Vastemoisa_vallakohus, lk 8
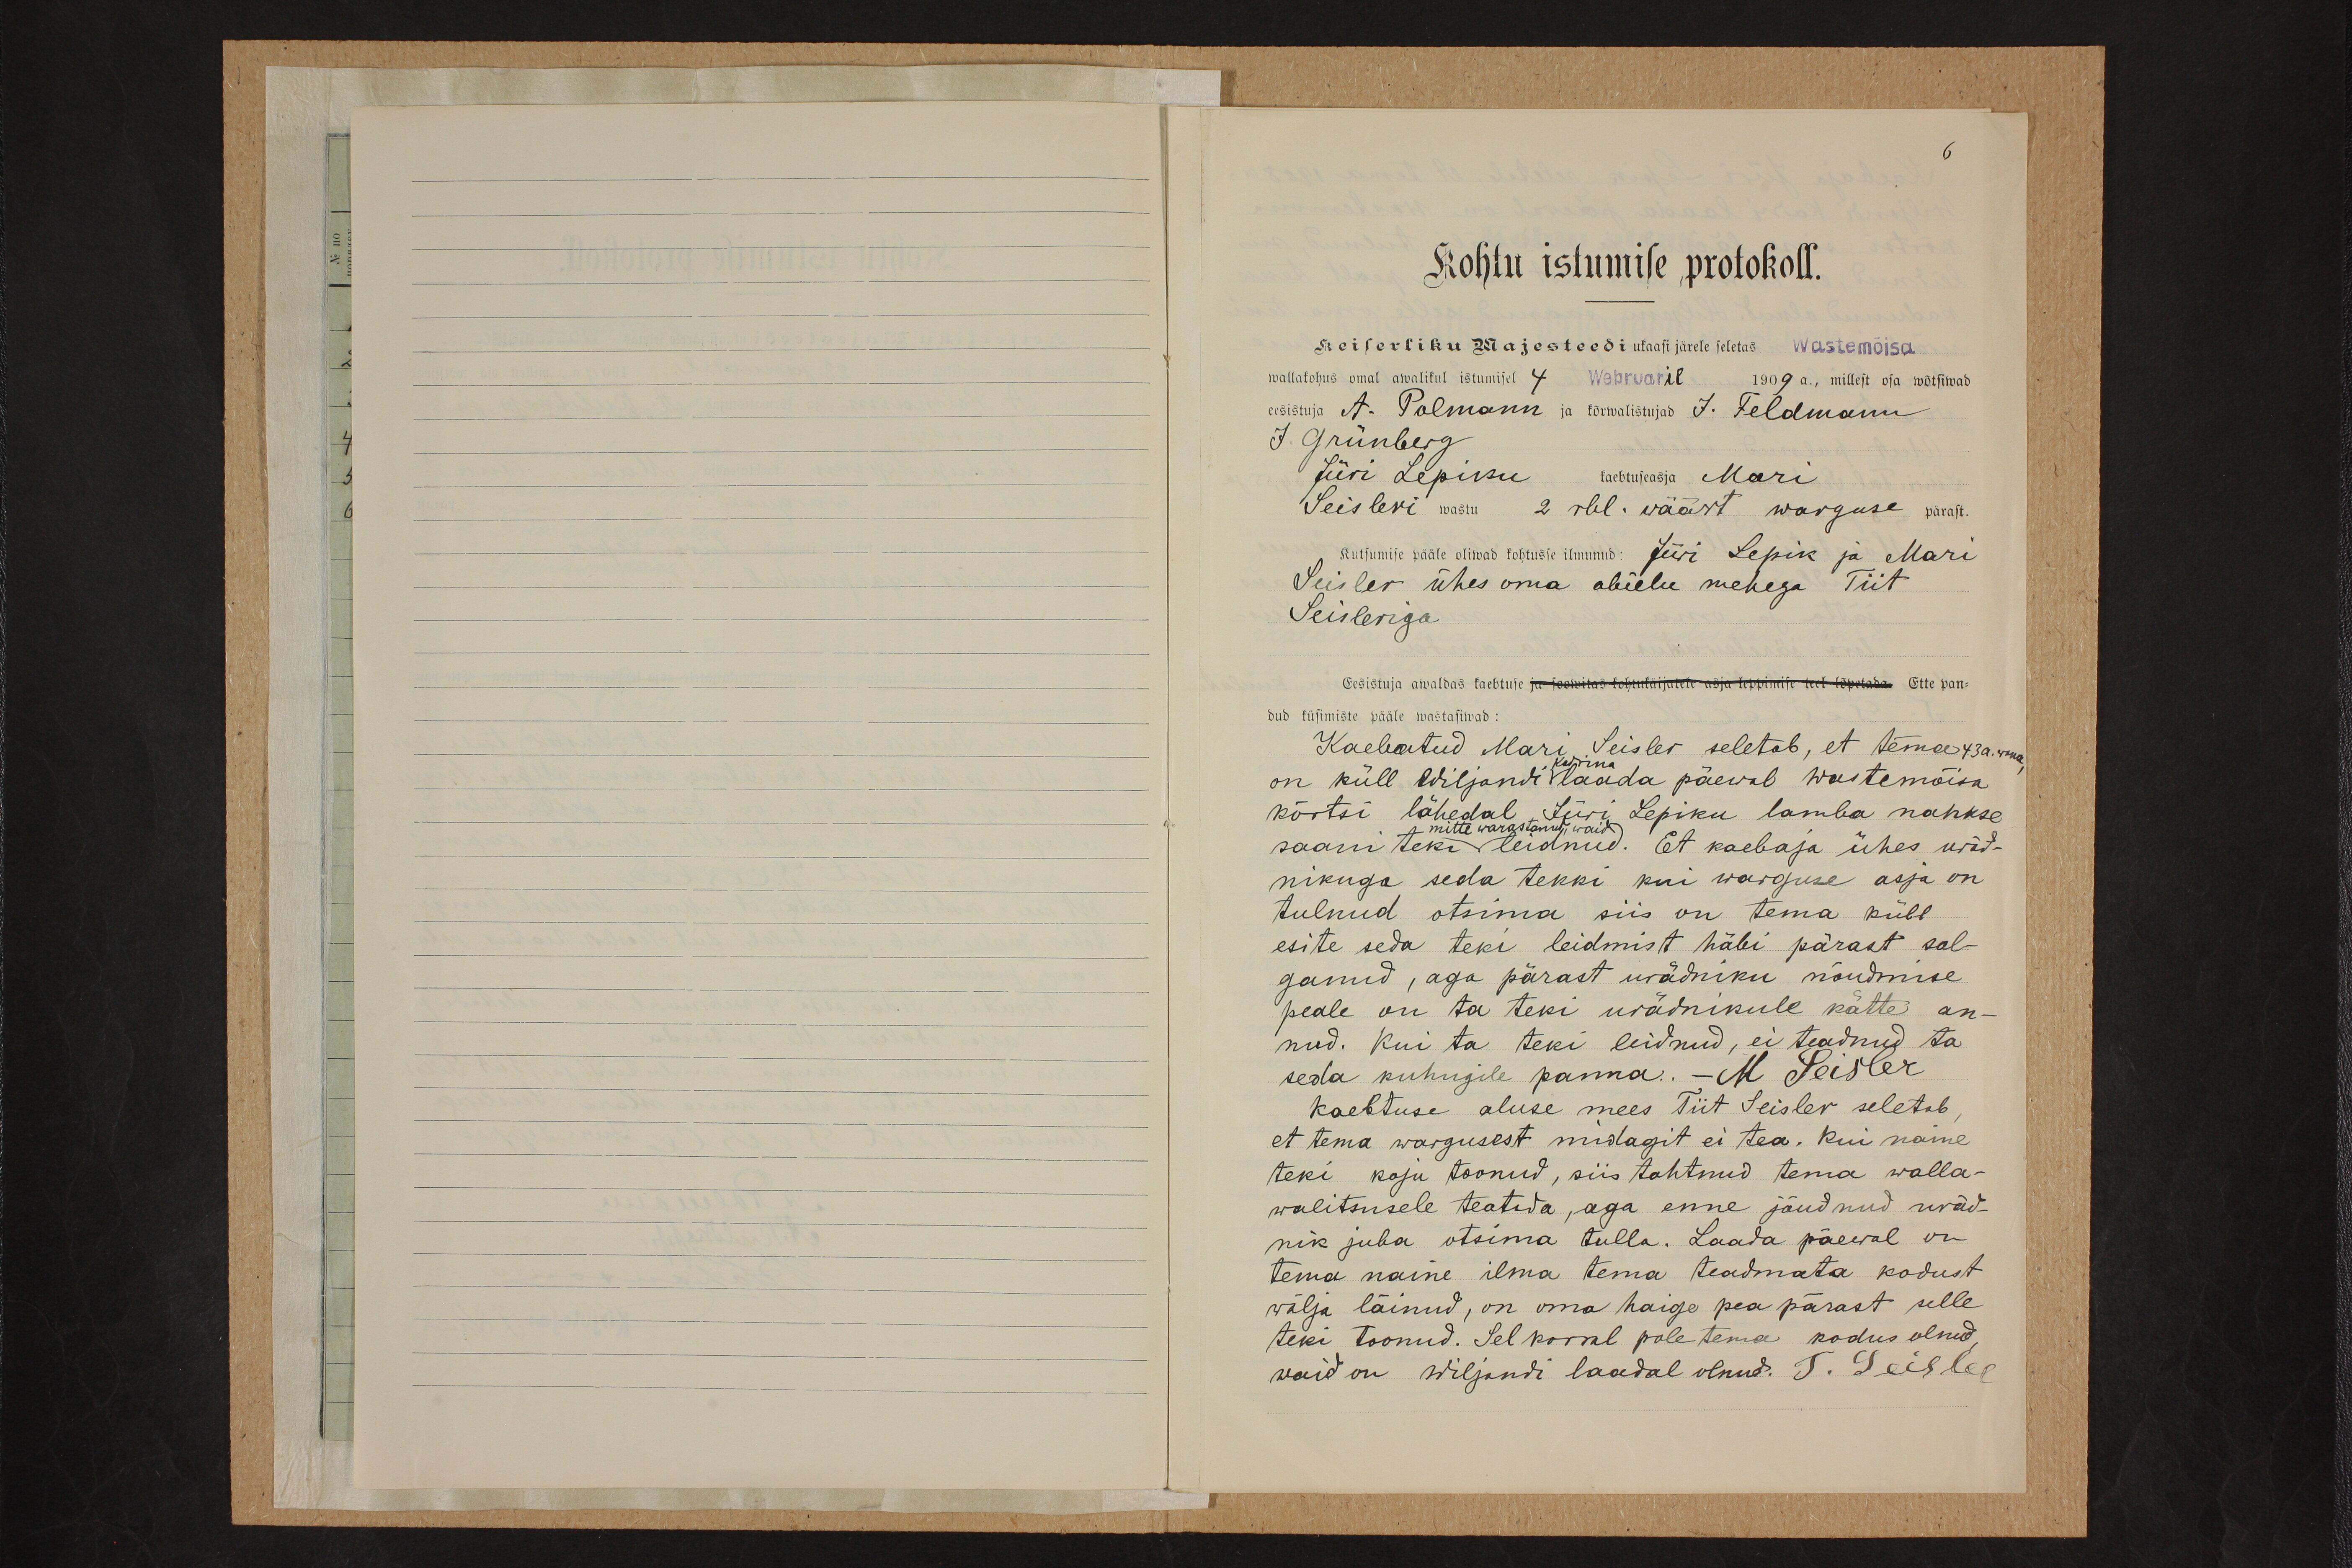
6

Kohtu istumise protokoll.
Keiserliku Majesteedi uksasi järele seletas Wastemõisa
wallakohus omal awalikul istumisel 4 Webruaril 1909 a., millest osa wõtsiwad
eesistuja A. Polmann ja kõrwalistujad J. Feldmann
J. Grünberg
Jüri Lepiku kaebtuseasja Mari
Seisleri wastu 2 rbl. wäärt warguse pärast.
Kutsumise pääle oliwad kohtusse ilmunud: Jüri Lepik ja Mari
Seisler ühes oma abielu mehega Tiit
Seisleriga
Eesistuja awaldas kaebtuse ja soowitas kohtukäijatele asja leppimise teel lõpetada. Ette pan-
dud küsimiste pääle wastasiwad:
Kaebatud Mari Seisler seletab, et tema 43a. wana.
on küll Wiljandi Kadrina laada päewal Wastemõisa
kõrtsi lähedal Jüri Lepiku lamba nahkse
saani teki leidnud. Et kaebaja ühes urad-
mitte warastanud, waid
nikuga seda tekki kui warguse asja on
tulnud otsima siis on tema küll
esite seda teki leidmist häbi pärast sal-
ganud, aga pärast urädniku nõudmise
peale on ta teki urädnikule kätte an-
nud. Kui ta teki leidnud, ei teadnud ta
seda kuhugile panna. M Seisler
Kaebtuse aluse mees Tiit Seisler seletab
et tema wargusest midagit ei tea. Kui naine
teki koju toonud, siis tahtnud tema walla-
walitsusele teatida, aga enne jõudnud uräd-
nik juba otsima tulla. Laada päewal on
tema naine ilma tema teadmata kodust
wälja läinud, on oma haige pea pärast selle
teki toonud. Sel korral pole tema kodus olnud,
waid on wiljandi laadal olnud. T. Seisler